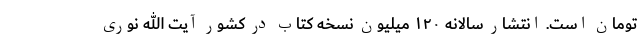
تومان است. انتشار سالانه ۱۲۰ میلیون نسخه کتاب در کشور آیت الله نوری